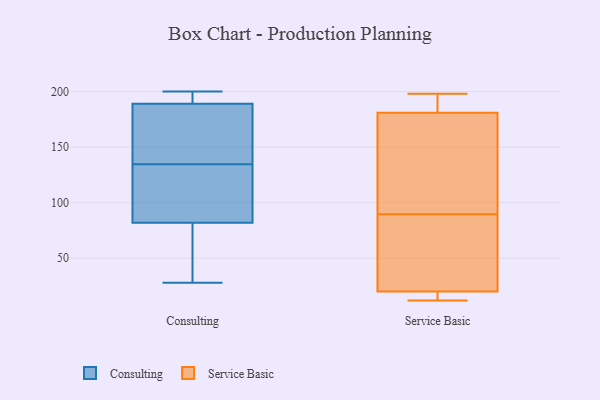
{"axis": {"x": "Shipments", "y": "Value"}, "legend": ["Consulting", "Service Basic"], "data": [{"x": "", "y": 200, "type": "Consulting"}, {"x": "", "y": 195, "type": "Consulting"}, {"x": "", "y": 90, "type": "Consulting"}, {"x": "", "y": 70, "type": "Consulting"}, {"x": "", "y": 51, "type": "Consulting"}, {"x": "", "y": 156, "type": "Consulting"}, {"x": "", "y": 184, "type": "Consulting"}, {"x": "", "y": 150, "type": "Consulting"}, {"x": "", "y": 144, "type": "Consulting"}, {"x": "", "y": 32, "type": "Consulting"}, {"x": "", "y": 82, "type": "Consulting"}, {"x": "", "y": 198, "type": "Consulting"}, {"x": "", "y": 28, "type": "Consulting"}, {"x": "", "y": 125, "type": "Consulting"}, {"x": "", "y": 100, "type": "Consulting"}, {"x": "", "y": 189, "type": "Consulting"}, {"x": "", "y": 115, "type": "Consulting"}, {"x": "", "y": 192, "type": "Consulting"}, {"x": "", "y": 193, "type": "Service Basic"}, {"x": "", "y": 186, "type": "Service Basic"}, {"x": "", "y": 198, "type": "Service Basic"}, {"x": "", "y": 67, "type": "Service Basic"}, {"x": "", "y": 12, "type": "Service Basic"}, {"x": "", "y": 181, "type": "Service Basic"}, {"x": "", "y": 168, "type": "Service Basic"}, {"x": "", "y": 13, "type": "Service Basic"}, {"x": "", "y": 93, "type": "Service Basic"}, {"x": "", "y": 79, "type": "Service Basic"}, {"x": "", "y": 177, "type": "Service Basic"}, {"x": "", "y": 17, "type": "Service Basic"}, {"x": "", "y": 20, "type": "Service Basic"}, {"x": "", "y": 86, "type": "Service Basic"}]}